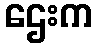
ဌေးက